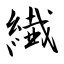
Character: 繊